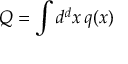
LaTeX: Q = \int d ^ { d } x \, q ( x )